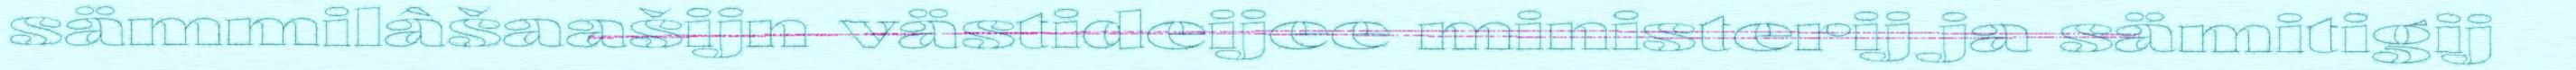
sämmilâšaašijn västideijee ministerij ja sämitigij